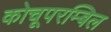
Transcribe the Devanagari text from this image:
कोचूपरम्बिल